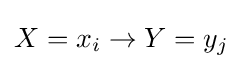
X=x_{i}\rightarrow Y=y_{j}